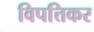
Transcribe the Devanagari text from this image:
विपत्तिकर